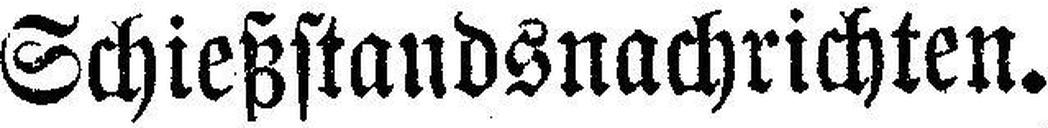
Schießstandsnachrichten.